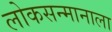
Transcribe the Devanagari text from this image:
लोकसन्मानाला